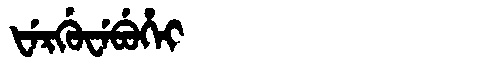
Manchu: ᡶᡝᡵᡤᡠᠸᡝᠪᡠᡥᡝᡳ
Romanization: FERGUWEBUHEI